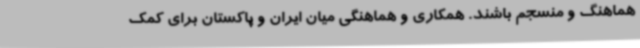
هماهنگ و منسجم باشند. همکاری و هماهنگی میان ایران و پاکستان برای کمک